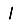
Digit: 1